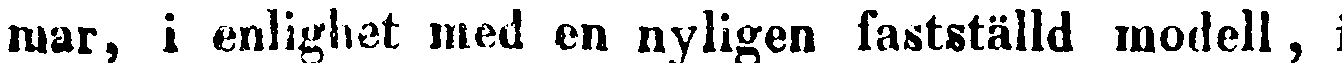
mar, i enlighet med en nyligen fastställd modell, i